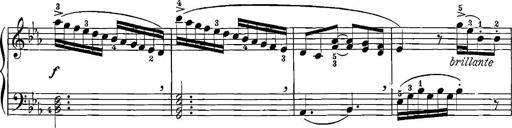
Title: 12 Sonatinas
Composer: Ignaz Pleyel